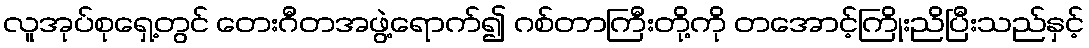
လူအုပ်စုရှေ့တွင် တေးဂီတအဖွဲ့ရောက်၍ ဂစ်တာကြီးတို့ကို တအောင့်ကြိုးညိပြီးသည်နှင့်